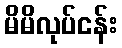
မိမိလုပ်ငန်း